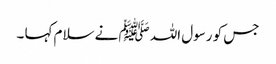
جس کو رسول اللہ ﷺ نے سلام کہا ۔